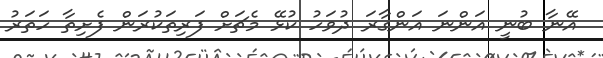
އޭނާ ބުނީ އަންނަ އަންގާރަ ދުވަހު ކުޅޭ މެޗަށް ފަރިތަކުރަން ފެށިތާ ހަތަރު